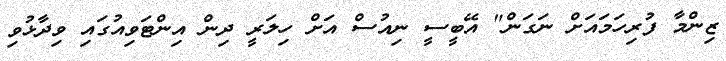
ޒިންމާ ފުރިހަމައަށް ނަގަން" އޭބީސީ ނިއުސް އަށް ހިލަރީ ދިން އިންޓަވިއުގައި ވިދާޅުވި